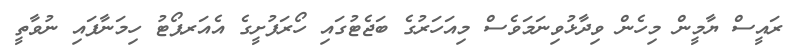
ރައީސް ޔާމީން މިހެން ވިދާޅުވިނަމަވެސް މިއަހަރުގެ ބަޖެޓުގައި ހޯރަފުށީގެ އެއަރޕޯޓު ހިމަނާފައި ނުވާތީ